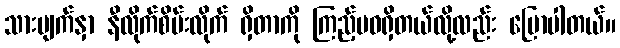
သားမျက်နှာ နီလိုက်စိမ်းလိုက် ရှိတာကို ကြည့်မဝရှိတယ်လို့လည်း ပြောပါတယ်။